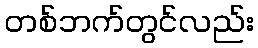
တစ်ဘက်တွင်လည်း